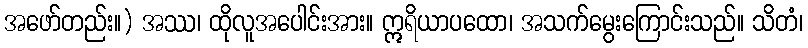
အဖော်တည်း။) အဿ၊ ထိုလူအပေါင်းအား။ ဣရိယာပထော၊ အသက်မွေးကြောင်းသည်။ သိတံ၊